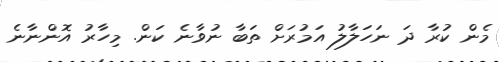
މެން ކުުރާ ދަ ނަހަލާލު އަމުރަށް ތަބާ ނުވާނެ ކަން. މިހާރު އޮންނާނެ